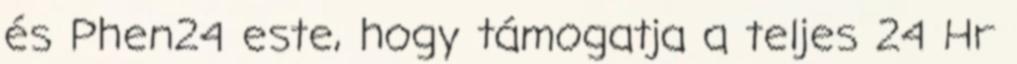
és Phen24 este, hogy támogatja a teljes 24 Hr